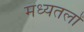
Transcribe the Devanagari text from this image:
मध्यतलों